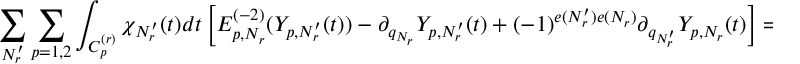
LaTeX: \sum _ { N _ { r } ^ { \prime } } \sum _ { p = 1 , 2 } \int _ { C _ { p } ^ { ( r ) } } \chi _ { N _ { r } ^ { \prime } } ( t ) d t \left[ E _ { p , N _ { r } } ^ { ( - 2 ) } ( Y _ { p , N _ { r } ^ { \prime } } ( t ) ) - \partial _ { q _ { N _ { r } } } Y _ { p , N _ { r } ^ { \prime } } ( t ) + ( - 1 ) ^ { e ( N _ { r } ^ { \prime } ) e ( N _ { r } ) } \partial _ { q _ { N _ { r } ^ { \prime } } } Y _ { p , N _ { r } } ( t ) \right] = 0